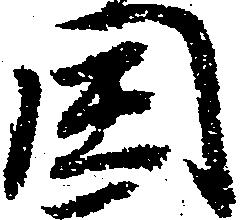
閏